Indian journal of veterinary science and animal husbandry - Volumes 15-17, 1948-1951
Year: 1948
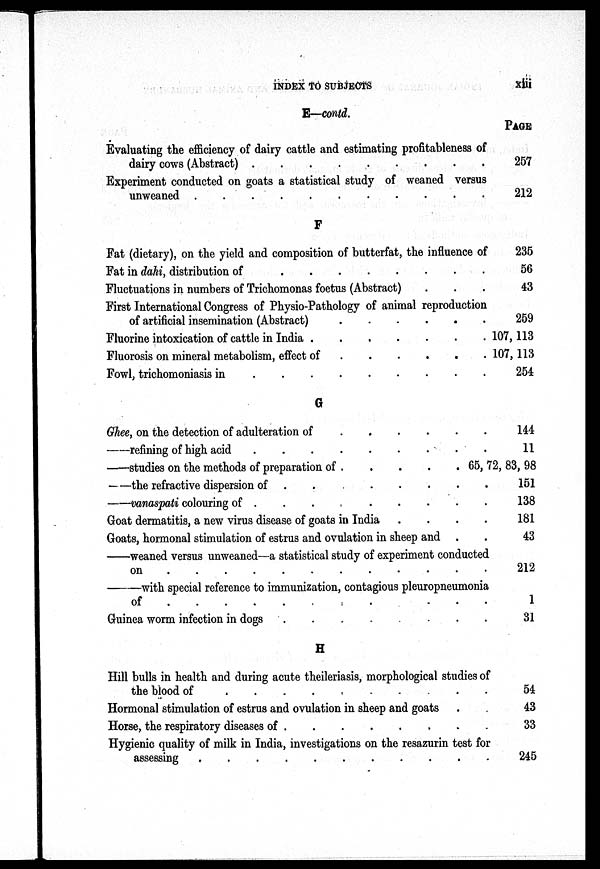
INDEX TO SUBJECTS xiii
E—contd.
Evaluating the efficiency of dairy cattle and estimating profitableness of
dairy cows (Abstract) . . . . . . . . . . . . . . . .
Experiment conducted on goats a statistical study of weaned versus
unweaned . . . . . . . . . . . . . . . .
F
Fat (dietary), on the yield and composition of butterfat, the influence of
Fat in dahi, distribution of
.
.
.
.
.
.
.
.
Fluctuations in numbers of Trichomonas foetus (Abstract) . . .
First International Congress of Physio-Pathology of animal reproduction
of artificial insemination (Abstract) . . . . . . . .
Fluorine intoxication of cattle in India
.
.
.
.
.
.
.
.
Fluorosis on mineral metabolism, effect of
.
.
.
.
.
.
.
.
Fowl, trichomoniasis in
.
.
.
.
.
.
.
.
G
Ghee, on the detection of adulteration of . . . . . . . .
—refining of high acid . . . . . . . .
—studies on the methods of preparation of . . . . . . . .
—the refractive dispersion of
.
.
.
.
.
.
.
.
—vanaspati colouring of
.
.
.
.
.
.
.
.
Goat dermatitis, a new virus disease of goats in India . . . . . . . .
Goats, hormonal stimulation of estrus and ovulation in sheep and . .
—weaned versus unweaned—a statistical study of experiment conducted
on . . . . . . . . . . . . . . . .
—with
special reference to immunization, contagious pleuropneumonia
of . . . . . . . . . . . . . . . .
Guinea worm infection in dogs
.
.
.
.
.
.
.
.
H
Hill bulls in health and during acute theileriasis, morphological studies of
the blood of
.
.
.
.
.
.
.
.
Hormonal stimulation of estrus and ovulation in sheep and goats . .
Horse, the respiratory diseases of
.
.
.
.
.
.
.
.
Hygienic quality of milk in India, investigations on the resazurin test for
assessing . . . . . . . . . . . . . . . .
PAGE
257
212
235
56
43
259
107, 113
107, 113
254
144
11
65,72,83,
98
151
138
181
43
212
1
31
54
43
33
245